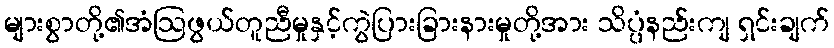
များစွာတို့၏အံဩဖွယ်တူညီမှုနှင့်ကွဲပြားခြားနားမှုတို့အား သိပ္ပံနည်းကျ ရှင်းချက်